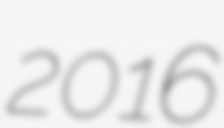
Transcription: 2016